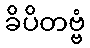
ခိပိတဗ္ဗံ